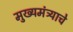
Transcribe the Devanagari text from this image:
मुख्यमंत्र्याचे